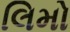
લિમો